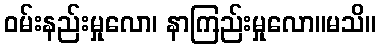
ဝမ်းနည်းမှုလော၊ နာကြည်းမှုလော။မသိ။